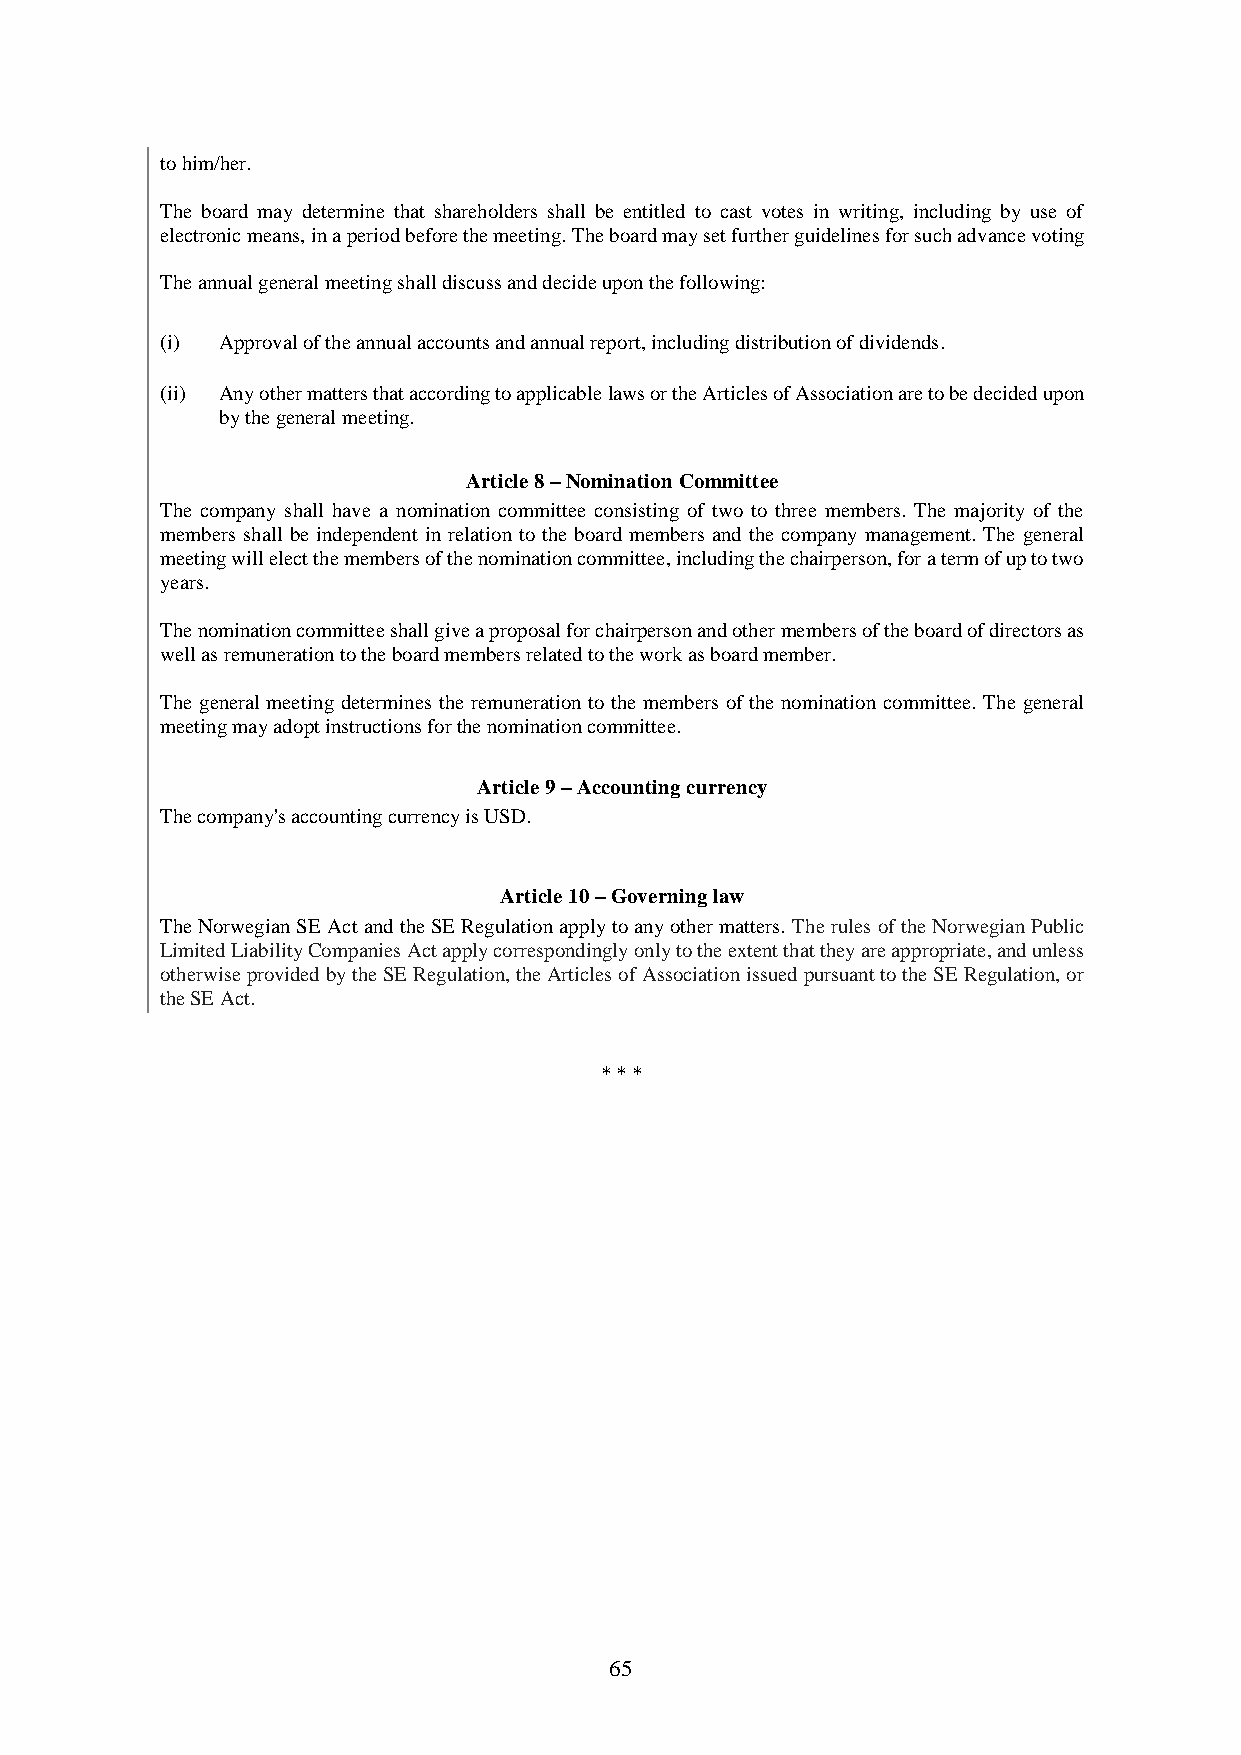
to him/her.
 The board may determine that shareholders shall be entitled to cast votes in writing, including by use of
 electronic means, in a period before the meeting. The board may set further guidelines for such advance voting
 The annual general meeting shall discuss and decide upon the following:
 (i) Approval of the annual accounts and annual report, including distribution of dividends.
 (ii) Any other matters that according to applicable laws or the Articles of Association are to be decided upon
 by the general meeting.
 Article 8 – Nomination Committee
 The company shall have a nomination committee consisting of two to three members. The majority of the
 members shall be independent in relation to the board members and the company management. The general
 meeting will elect the members of the nomination committee, including the chairperson, for a term of up to two
 years.
 The nomination committee shall give a proposal for chairperson and other members of the board of directors as
 well as remuneration to the board members related to the work as board member.
 The general meeting determines the remuneration to the members of the nomination committee. The general
 meeting may adopt instructions for the nomination committee.
 Article 9 – Accounting currency
 The company's accounting currency is USD.
 Article 10 – Governing law
 The Norwegian SE Act and the SE Regulation apply to any other matters. The rules of the Norwegian Public
 Limited Liability Companies Act apply correspondingly only to the extent that they are appropriate, and unless
 otherwise provided by the SE Regulation, the Articles of Association issued pursuant to the SE Regulation, or
 the SE Act.
 * * *
 65